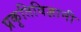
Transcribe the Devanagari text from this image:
प्रकृतिविज्ञानी